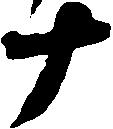
十